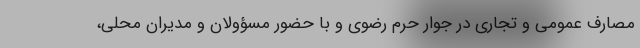
مصارف عمومی و تجاری در جوار حرم رضوی و با حضور مسؤولان و مدیران محلی،